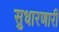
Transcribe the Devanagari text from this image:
सुधारणारी